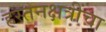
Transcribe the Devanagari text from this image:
हस्तनक्षत्रींचा